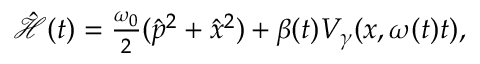
\begin{array} { r } { \hat { \mathcal { H } } ( t ) = \frac { \omega _ { 0 } } { 2 } ( \hat { p } ^ { 2 } + \hat { x } ^ { 2 } ) + \beta ( t ) V _ { \gamma } ( x , \omega ( t ) t ) , } \end{array}